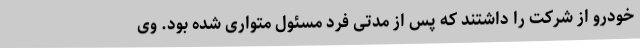
خودرو از شرکت را داشتند که پس از مدتی فرد مسئول متواری شده بود. وی